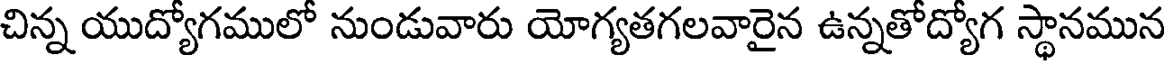
చిన్న యుద్యోగములో నుండువారు యోగ్యతగలవారైన ఉన్నతోద్యోగ స్థానమున